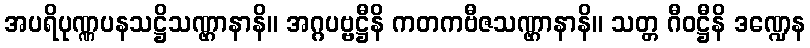
အပရိပုဏ္ဏပနသဋ္ဌိသဏ္ဌာနာနိ။ အဂ္ဂပဗ္ဗဋ္ဌီနိ ကတကဗီဇသဏ္ဌာနာနိ။ သတ္တ ဂီဝဋ္ဌီနိ ဒဏ္ဍေန